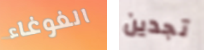
الغوغاء تجدين